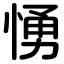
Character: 愑